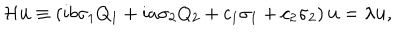
LaTeX: { \cal H } { \bf u } \equiv \left( i b \sigma _ { 1 } Q _ { 1 } + i a \sigma _ { 2 } Q _ { 2 } + c _ { 1 } \sigma _ { 1 } + c _ { 2 } \sigma _ { 2 } \right) { \bf u } = \lambda { \bf u } ,